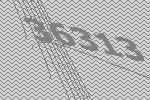
36313